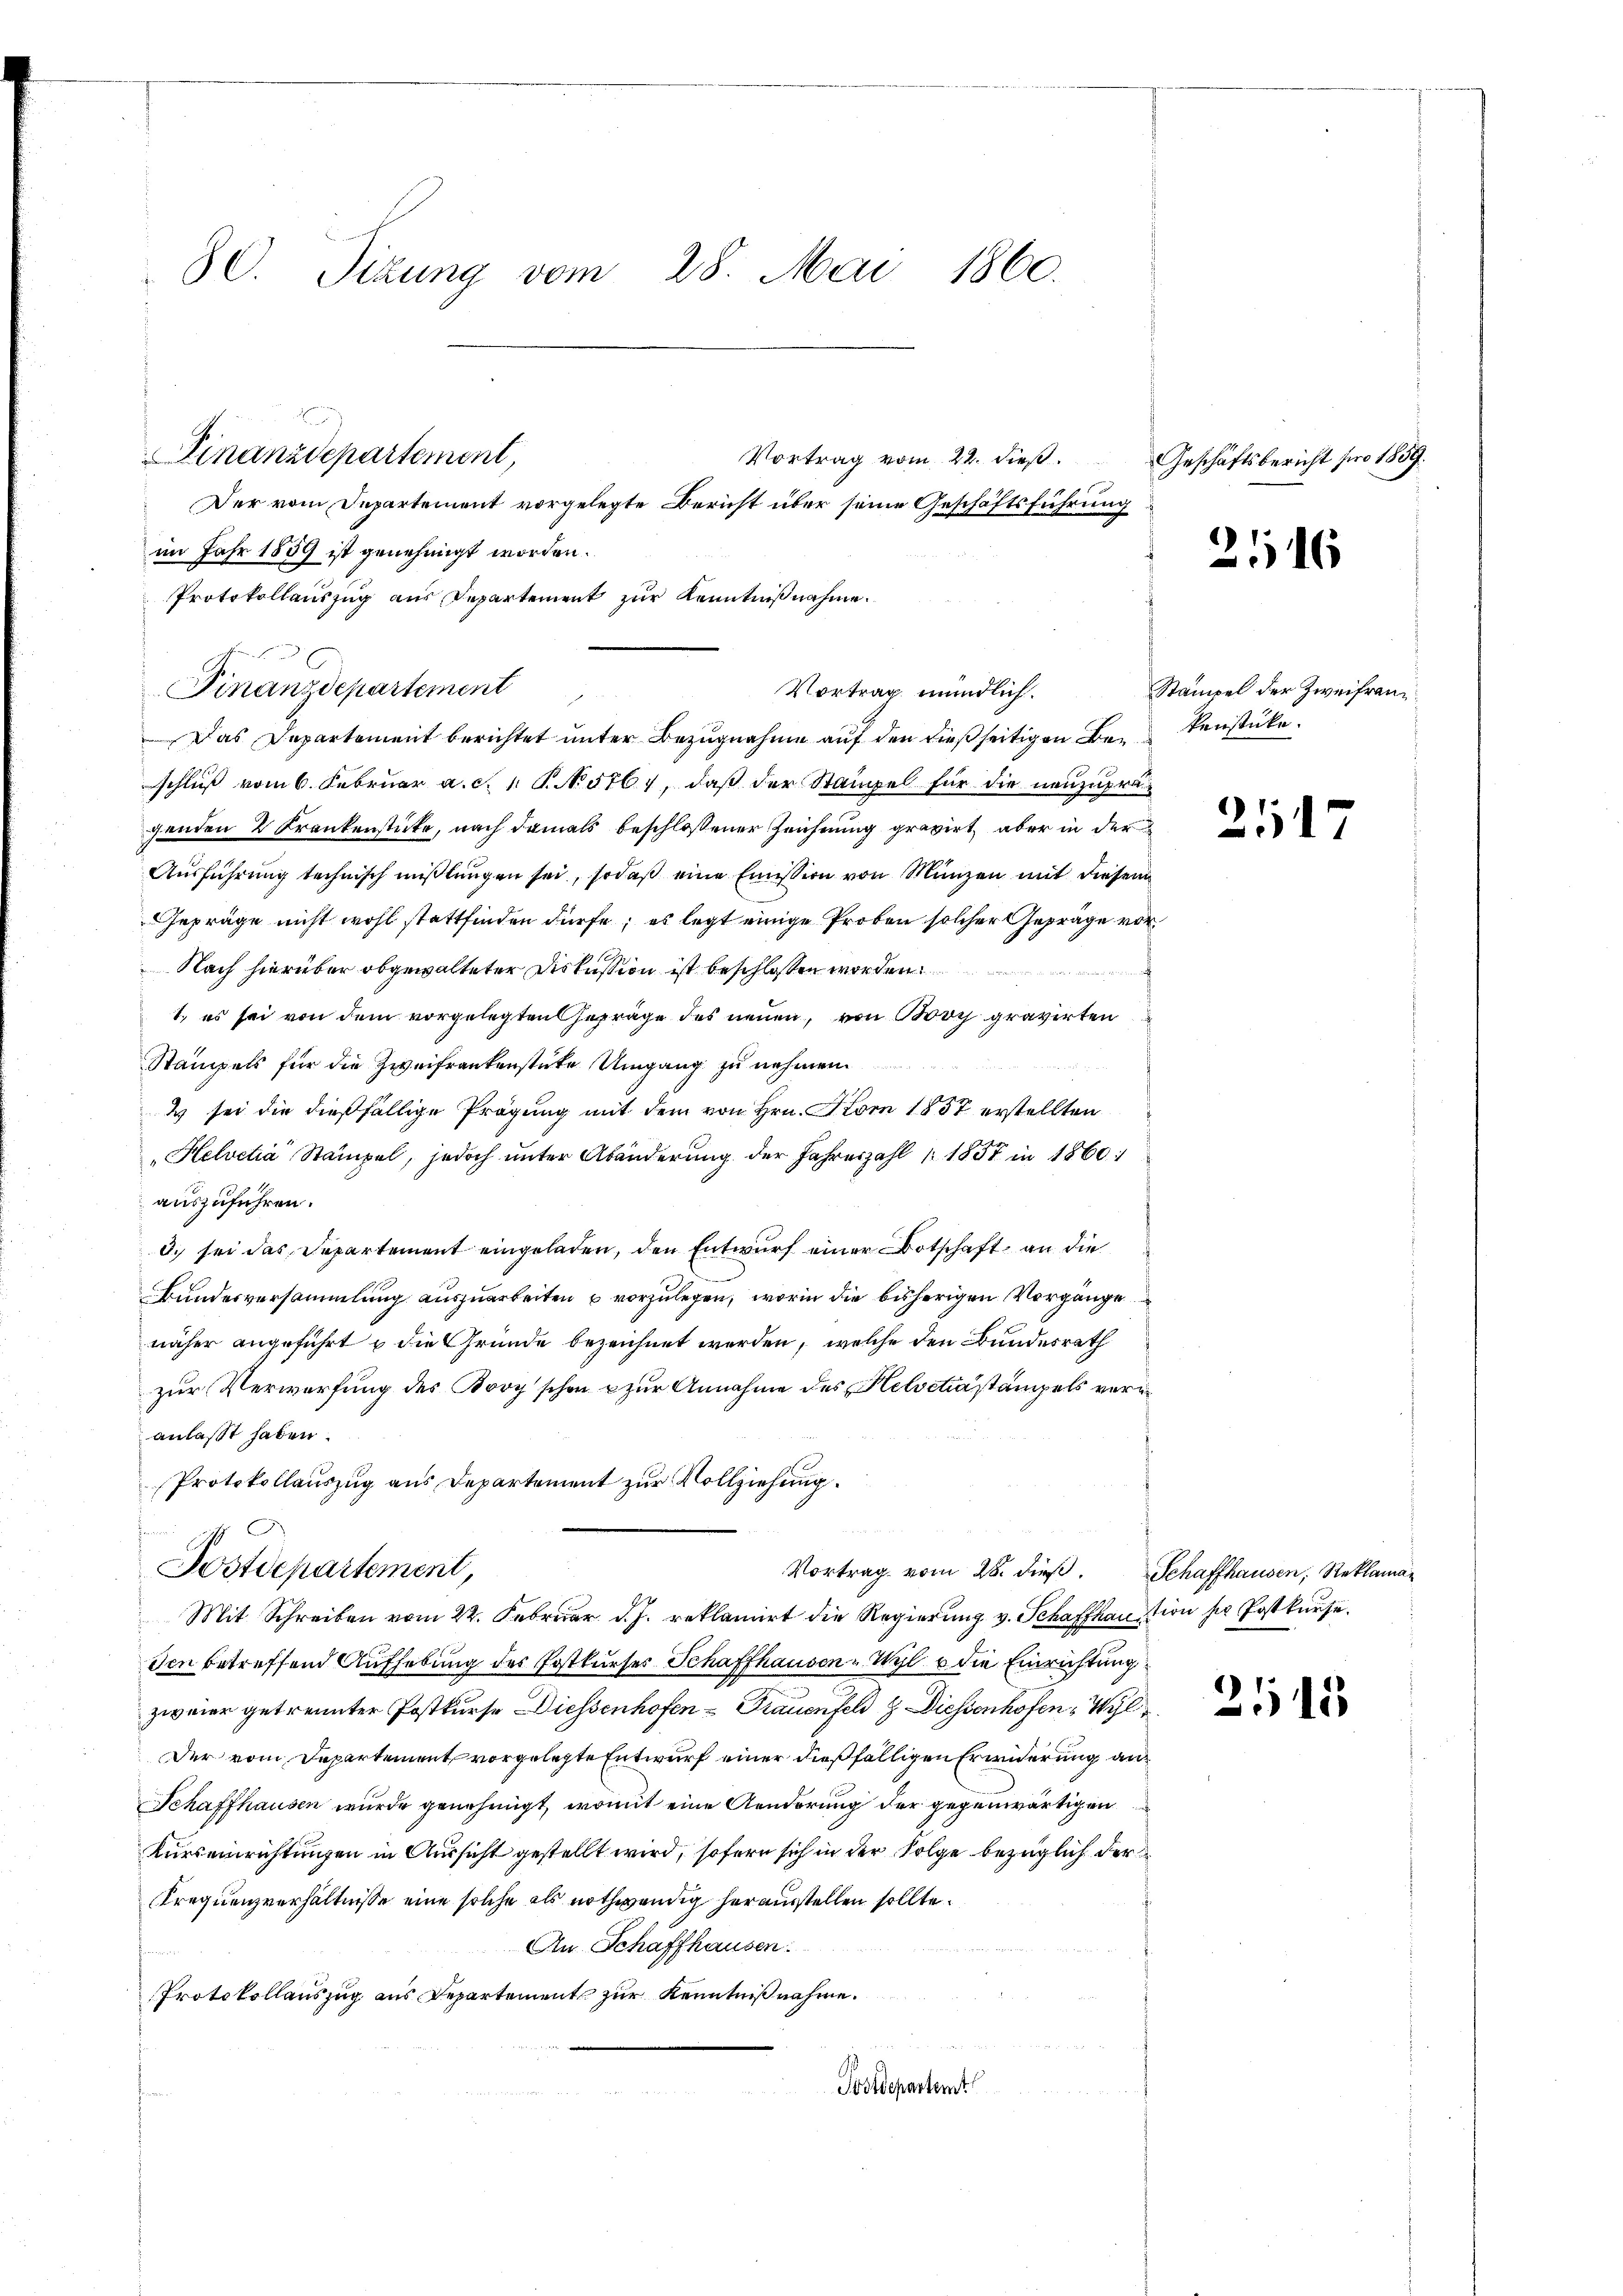
30. Sizung vom 28. Mai 1860.

Finanzdepartement,

Vortrag vom 22. dieß.
Der vom Departement vorgelegte Bericht über seine Geschäftsführung
im Jahr 1859 ist genehmigt worden.
Das Departement berichtet unter Bezugnahme auf den dießseitigen Beschluß vom 6. Februar a. c. 1. P. No. 576), daß der Stampel für die neuzuprägenden 2 Frankenstücke, nach damals beschlossener Zeichnung gravirt, aber in der
Ausführung technisch mißlungen sei, sodaß eine Emission von Münzen mit diesem
Gepräge nicht wohl stattfinden dürfe; es legt einige Proben solcher Gepräge vor¬
Nach hierüber obgewalteter Diskussion ist beschlossen wor
f
1., es sei von dem vorgelegten Gepräge des neuen, von Boy gravirten
Stampels für die Zweifrankenstüke Umgang zu nehmen.
2 sei die dießfällige Prägung mit dem von Hrn. Korn 1857 erstellten
"Helvetia Stämpel, jedoch unter Abänderung der Jahreszahl 1857 in 1860:
auszuführen.
3. sei das Departement eingeladen, den Entwurf einer Botschaft an die
Bundesversammlung auszuarbeiten u vorzulegen, worin die bisherigen Vorgänge
näher angeführt & die Gründe bezeichnet werden, welche den Bundesrath
zur Verwerfung des Bory schon zur Annahme des Helvetia stampels veranlaßt haben.
Protokollauszug aus Departement zur Vollziehung.
Postdepartement,
Vortrag vom 28. dieß. Schaffhausen, Reklaman
Mit Schreiben vom 22. Februar d. J. reklamirt die Regierung v. Schaffhaution sie Postkurse.
Ien betreffend Aufhebung des Postkurses Schaffhausen-Wyl & die Einrichtung
zweier getrennter Postkurse Diessenhofen - Frauenfeld  Diessenhofen, Wyl
Der vom Departement vorgelegte Entwurf einer dießfälligen Erwiderung an
Schaffhausen wurde genehmigt, womit eine Aenderung der gegenwärtigen
Kurseinrichtungen in Aussicht gestellt wird, sofern sich in der Folge bezüglich der
Trequenzverhältnisse eine solche als nothwendig herausstellen sollte.
An Schaffhausen.
Protokollauszug aus Departement zur Kenntniß nahme.
Postdepartemt

Protokollauszug aus Departement zur Kenntniß nahme.
Finanzdepartement

Vortrag mündlich.

Geschäftsbericht pro 1859.

2116

Stämpel der Zweifranz
kenstücke.

2517

2515